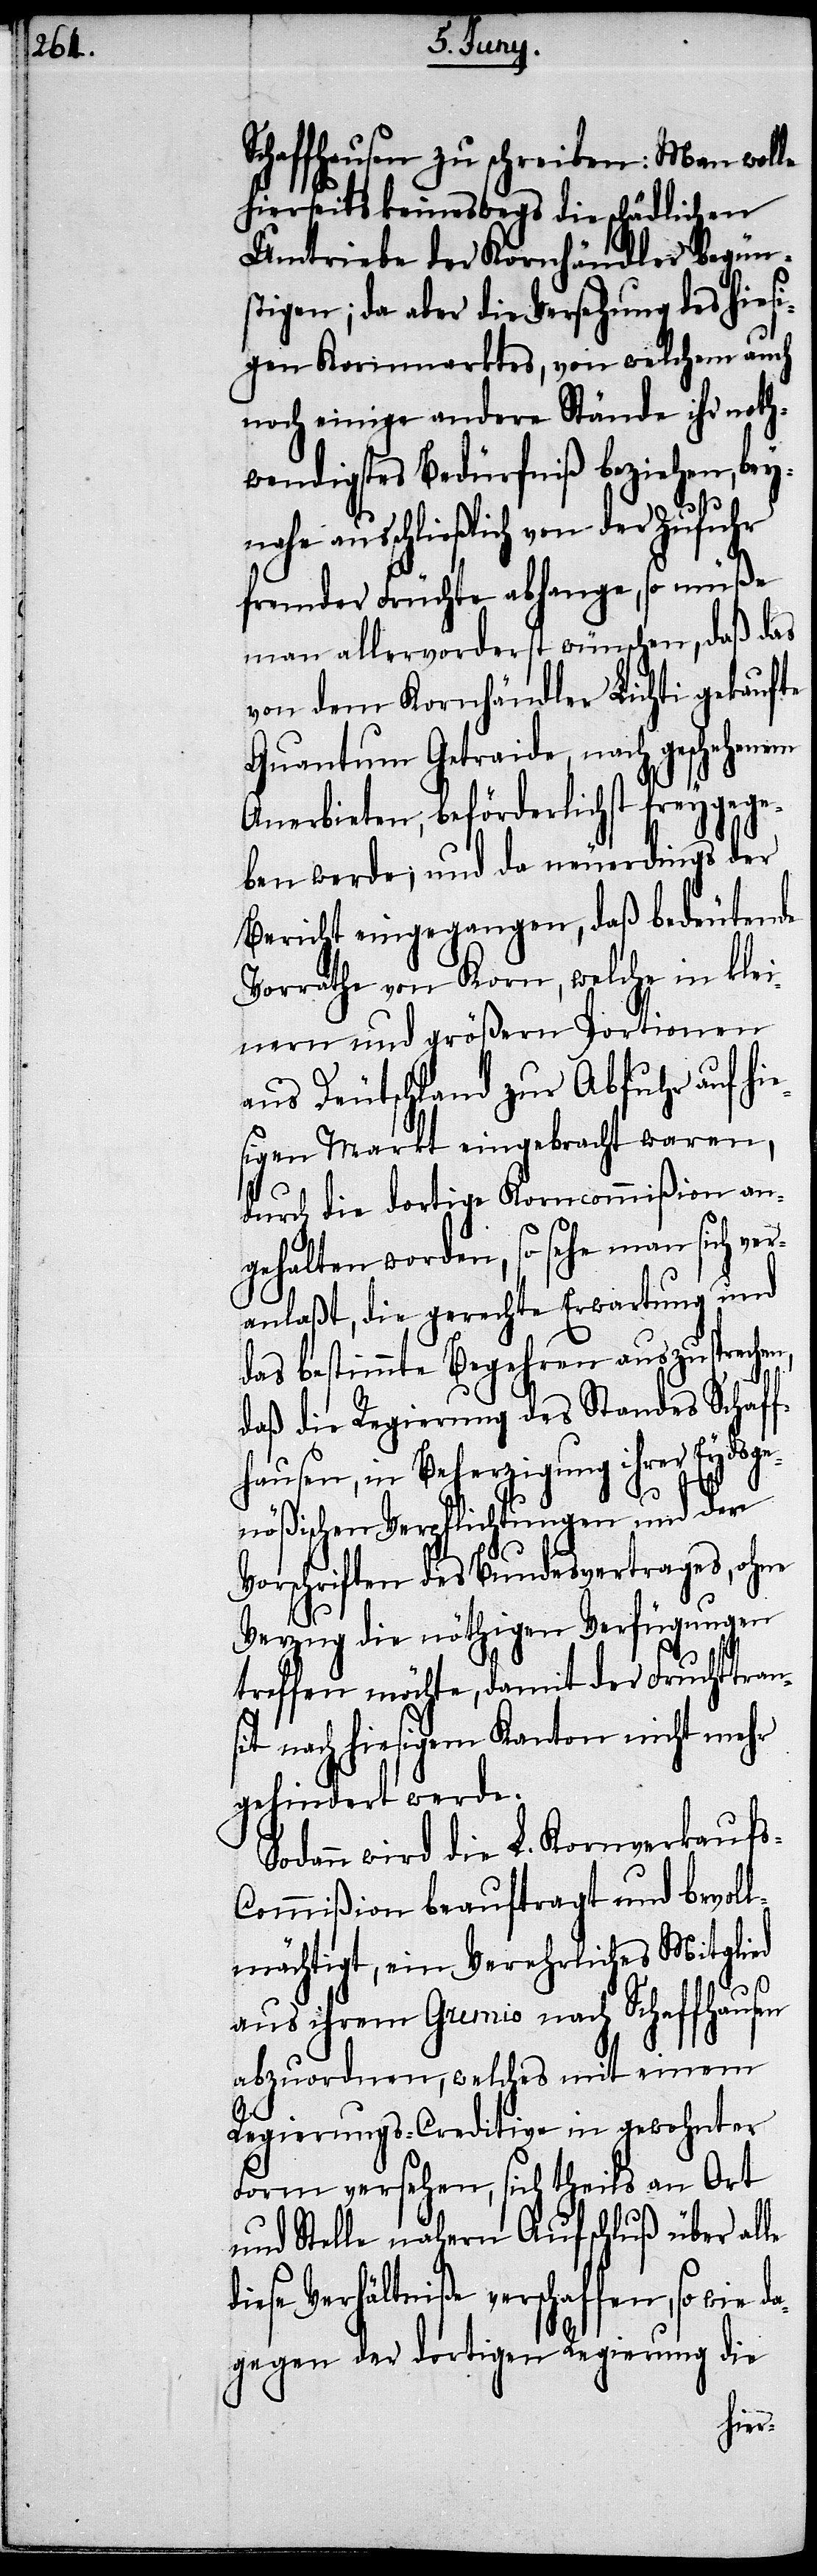
Schaffhausen zu schreiben: Man wolle
hierseits keineswegs die schädlichen
Umtriebe der Kornhändler begün¬
stigen; da aber die Versehung dies hiesi¬
gen Kornmarktes, von welchem auch
noch einige andere Stände ihr noth¬
wendigstes Bedürfniß beziehen, bey¬
nahe ausschließlich von der Zufuhr
fremder Früchte abhange, so müße
man allervorderst wünschen, daß das
von dem Kornhändler Lichti gekaufte
Quantum Getraide, nach geschehenem
Anerbieten, beförderlichst freygege¬
ben werde, und da neuerdings der
Bericht eingegangen, daß bedeutende
Vorräthe von Korn, welche in klei¬
nern und größern Portionen
aus Deutschland zur Abfuhr auf hi¬
esigen Markt eingebracht waren,
durch die dortige Korncommißion an¬
gehalten worden, so sehe man sich ver¬
anlaßt, die gerechte Erwartung und
das bestimmte Begehren auszuspreche¬
daß die Regierung des Standes Schaff¬
hausen, in Beherzigung ihrer Eydsge¬
le
nößischen Verpflichtungen und den
Vorschriften des Bundesvertrages, ohne
Verzug die nöthigen Verfügungen
treffen möchte, damit der Fruchttran¬
sit nach hiesigem Kanton nicht mehr
gehindert werde.
Sodann wird die L. Kornverkauf¬
ommißion beauftragt und bevoll¬
mächtigt, ein Verehrliches Mitglied
aus ihrem Gremio nach Schaffhausen
abzuordnen, welches mit einem
Regierungs-Creditive in gewohnter
Form versehen, sich theils an Ort
und Stelle nähern Aufschluß über al¬
diese Verhältniße verschaffen, so wie da¬
gegen der dortigen Regierung die